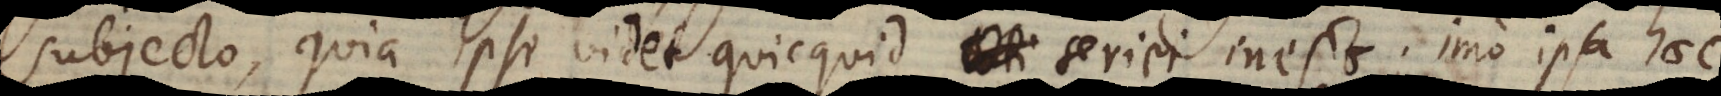
subjecto, quia ipse videt quicquid conti seriei inest; imo